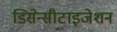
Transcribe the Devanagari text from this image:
डिसेन्सीटाइजेशन